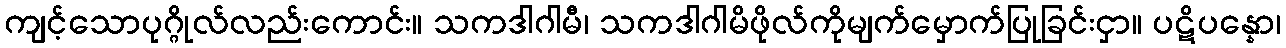
ကျင့်သောပုဂ္ဂိုလ်လည်းကောင်း။ သကဒါဂါမီ၊ သကဒါဂါမိဖိုလ်ကိုမျက်မှောက်ပြုခြင်းငှာ။ ပဋိပန္နော၊